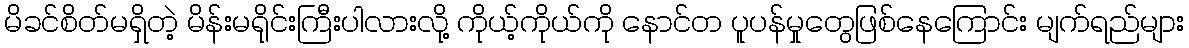
မိခင်စိတ်မရှိတဲ့ မိန်းမရိုင်းကြီးပါလားလို့ ကိုယ့်ကိုယ်ကို နောင်တ ပူပန်မှုတွေဖြစ်နေကြောင်း မျက်ရည်များ